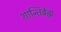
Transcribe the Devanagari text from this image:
शान्तिर्ब्रह्म